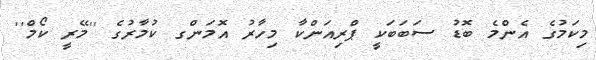
މިކަމުގެ އެންމެ ބޮޑު ސަބަބަކީ ޕްރިއަންކާ މިހާރު އޮމަންގ ކުމާރުގެ ''މޭރީ ކޯމް''